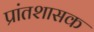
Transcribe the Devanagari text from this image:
प्रांतशासक